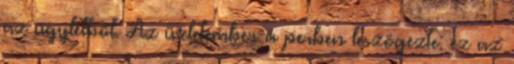
az ügyletből. Az üzletember a perben leszögezte: ez az